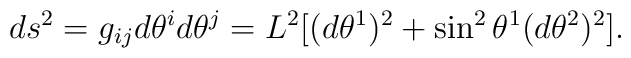
ds^{2} = g_{ij} d\theta^{i} d\theta^{j} = L^{2}[(d\theta^{1})^{2}+ \sin ^{2} \theta^{1} (d\theta ^{2})^{2}].